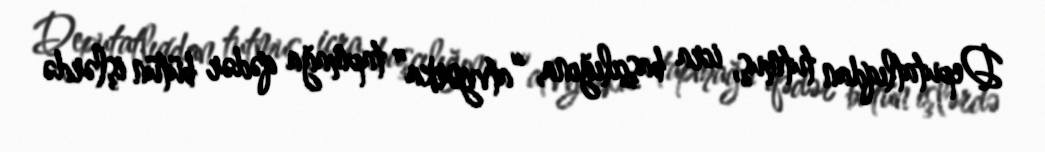
Deputatlıqdan tutmuş, icra başçılığına, “atvyorka” tapmağa qədər bütün işlərdə